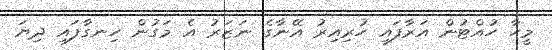
މީހާ ހުއްޓުން އަރާފައި ހުރިއިރު އޭނާގެ ނަޒަރު އެ މަގުން ހިނގާފައި ދިޔަ